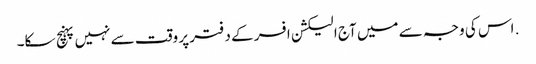
. اس کی وجہ سے میں آج الیکشن افسر کے دفتر پر وقت سے نہیں پہنچ سکا۔